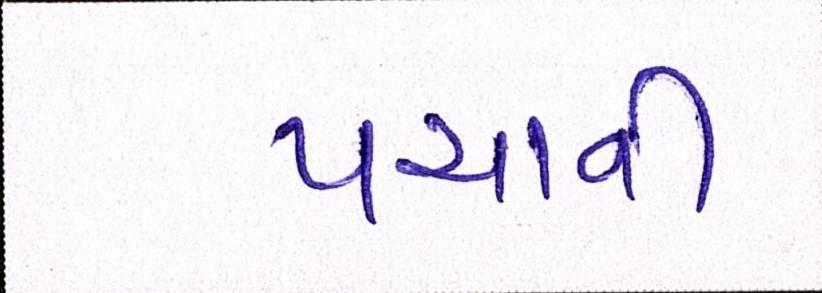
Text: પચાવી